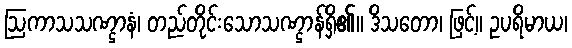
ဩကာသသဏ္ဌာနံ၊ တည်တိုင်းသောသဏ္ဌာန်ရှိ၏။ ဒိသတော၊ ဖြင့်။ ဥပရိမာယ၊